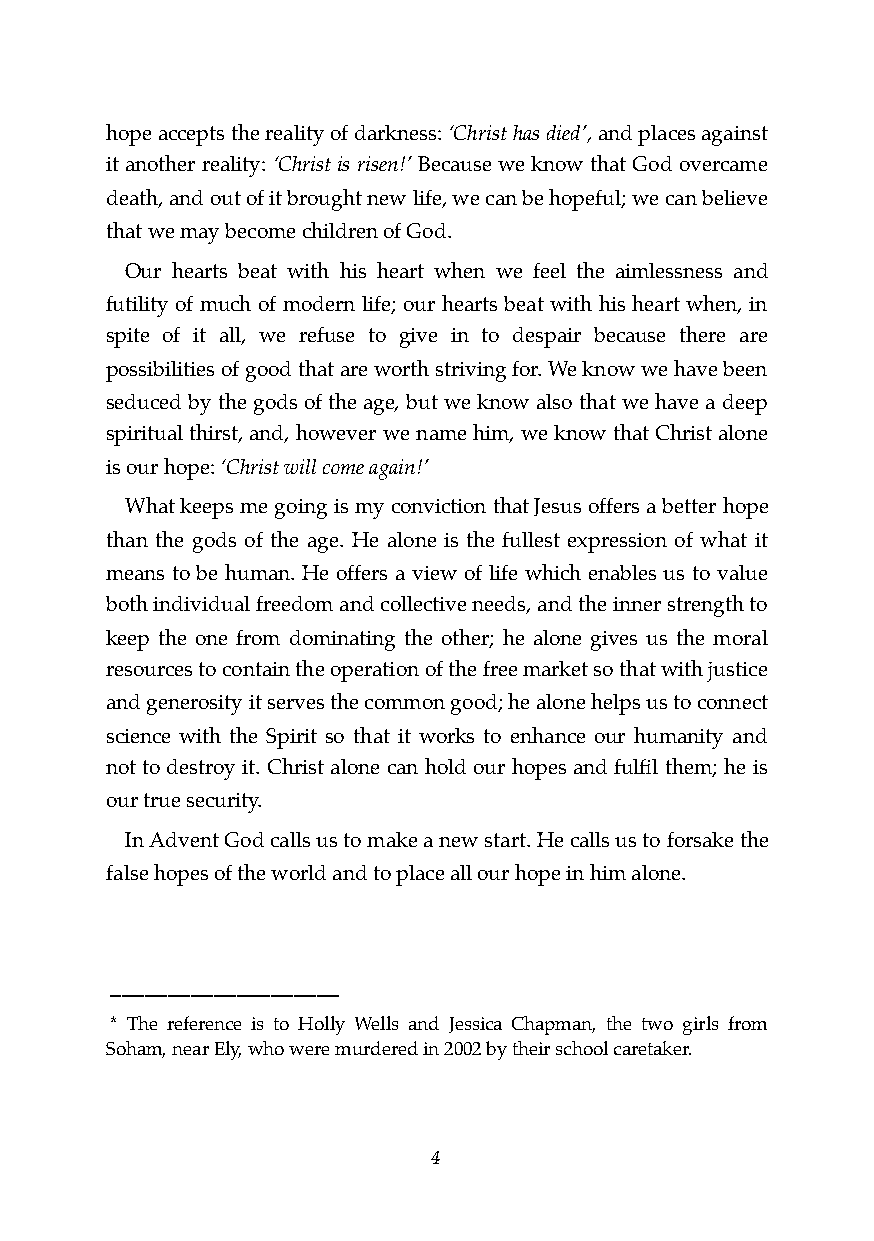
hope accepts the reality of darkness: ‘Christ has died’, and places against
 it another reality: ‘Christ is risen!’ Because we know that God overcame
 death, and out of it brought new life, we can be hopeful; we can believe
 that we may become children of God.
 Our hearts beat with his heart when we feel the aimlessness and
 futility of much of modern life; our hearts beat with his heart when, in
 spite of it all, we refuse to give in to despair because there are
 possibilities of good that are worth striving for. We know we have been
 seduced by the gods of the age, but we know also that we have a deep
 spiritual thirst, and, however we name him, we know that Christ alone
 is our hope: ‘Christ will come again!’
 What keeps me going is my conviction that Jesus offers a better hope
 than the gods of the age. He alone is the fullest expression of what it
 means to be human. He offers a view of life which enables us to value
 both individual freedom and collective needs, and the inner strength to
 keep the one from dominating the other; he alone gives us the moral
 resources to contain the operation of the free market so that with justice
 and generosity it serves the common good; he alone helps us to connect
 science with the Spirit so that it works to enhance our humanity and
 not to destroy it. Christ alone can hold our hopes and fulfil them; he is
 our true security.
 In Advent God calls us to make a new start. He calls us to forsake the
 false hopes of the world and to place all our hope in him alone.
 ____________________
 * The reference is to Holly Wells and Jessica Chapman, the two girls from
 Soham, near Ely, who were murdered in 2002 by their school caretaker.
 !4